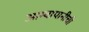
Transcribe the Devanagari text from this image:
आम्बापानीची